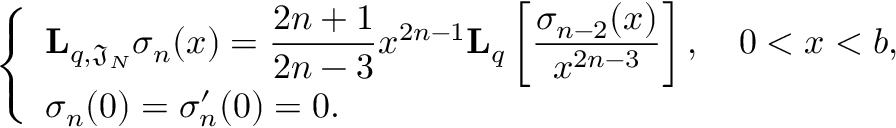
\left\{ \begin{array} { l l } { \displaystyle \mathbf { L } _ { q , \mathfrak { J } _ { N } } \sigma _ { n } ( x ) = \frac { 2 n + 1 } { 2 n - 3 } x ^ { 2 n - 1 } \mathbf { L } _ { q } \left[ \frac { \sigma _ { n - 2 } ( x ) } { x ^ { 2 n - 3 } } \right] , \quad 0 < x < b , } \\ { \sigma _ { n } ( 0 ) = \sigma _ { n } ^ { \prime } ( 0 ) = 0 . } \end{array} \right.